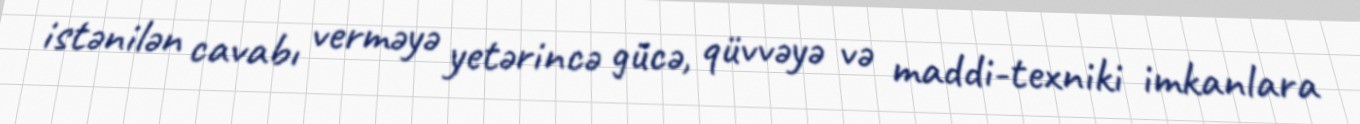
istənilən cavabı verməyə yetərincə gücə, qüvvəyə və maddi-texniki imkanlara